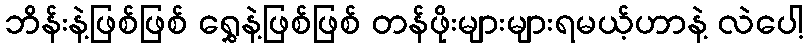
ဘိန်းနဲ့ဖြစ်ဖြစ် ရွှေနဲ့ဖြစ်ဖြစ် တန်ဖိုးများများရမယ့်ဟာနဲ့ လဲပေါ့